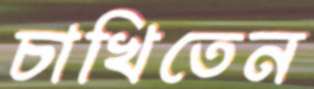
চাখিতেন